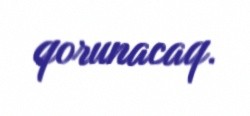
qorunacaq.